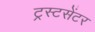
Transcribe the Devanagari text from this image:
ट्रस्टसेंटर